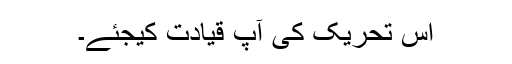
اس تحریک کی آپ قیادت کیجئے۔